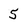
Character: 5